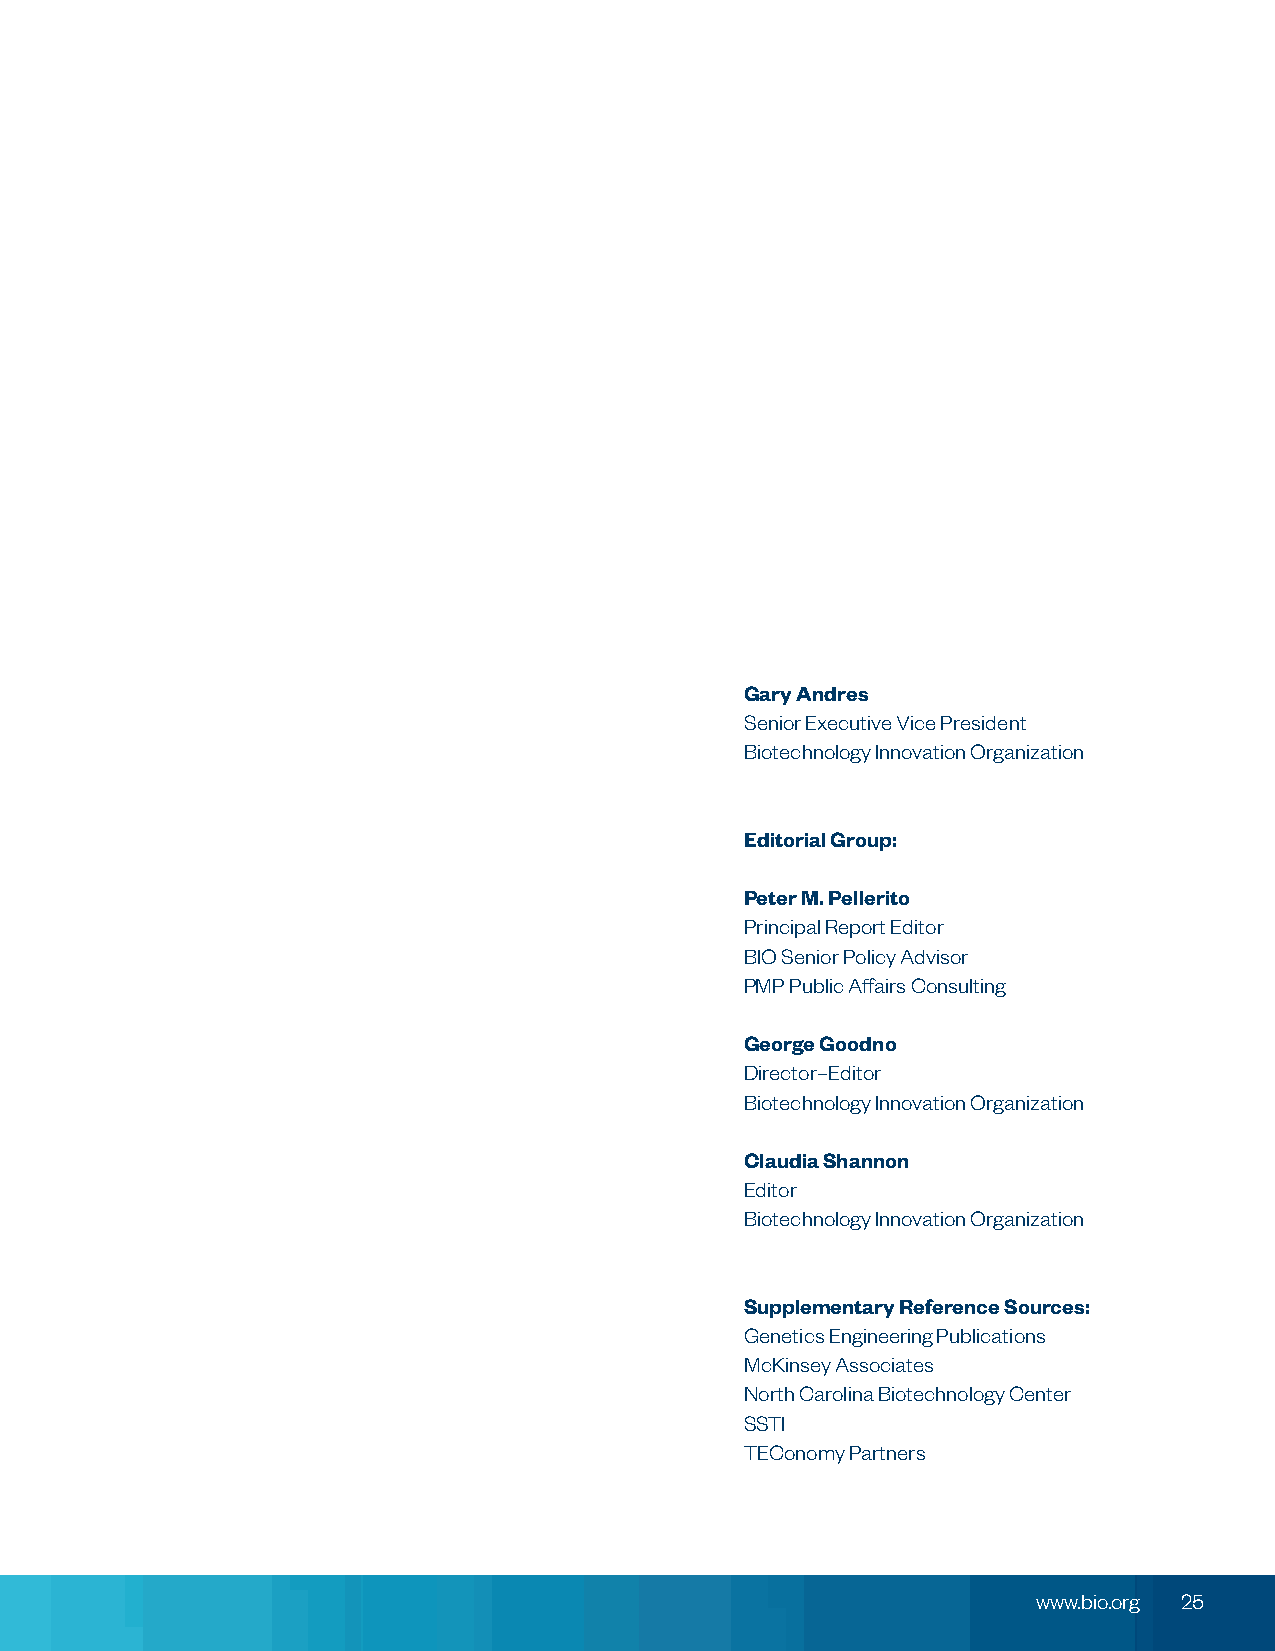
Gary Andres
 Senior Executive Vice President
 Biotechnology Innovation Organization
 Editorial Group:
 Peter M. Pellerito
 Principal Report Editor
 BIO Senior Policy Advisor
 PMP Public Affairs Consulting
 George Goodno
 Director–Editor
 Biotechnology Innovation Organization
 Claudia Shannon
 Editor
 Biotechnology Innovation Organization
 Supplementary Reference Sources:
 Genetics Engineering Publications
 McKinsey Associates
 North Carolina Biotechnology Center
 SSTI
 TEConomy Partners
 www.bio.org 25